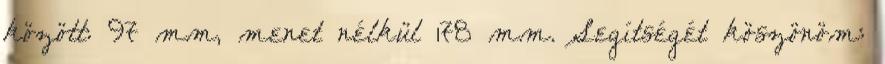
között: 97 mm, menet nélkül 178 mm. Segítségét köszönöm: